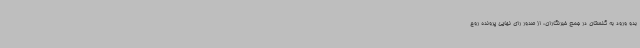
بدو ورود به گلستان در جمع خبرنگاران، از صدور رای نهایی پرونده روح